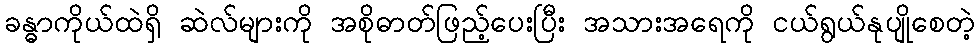
ခန္ဓာကိုယ်ထဲရှိ ဆဲလ်များကို အစိုဓာတ်ဖြည့်ပေးပြီး အသားအရေကို ငယ်ရွယ်နုပျိုစေတဲ့